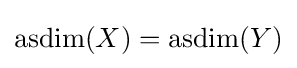
\operatorname {asdim} (X)=\operatorname {asdim} (Y)